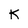
Character: K